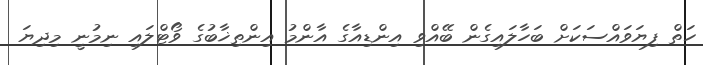
ހަތް ފިޔަވައްސަކަށް ބަހާލައިގެން ބޭއްވި އިންޑިއާގެ އާންމު އިންތިޚާބުގެ ވޯޓްލައި ނިމުނީ މިދިޔަ